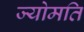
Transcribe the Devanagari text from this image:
ज्योमति